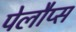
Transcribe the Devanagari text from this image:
पेलौप्स